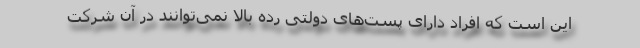
این است که افراد دارای پست‌های دولتی رده بالا نمی‌توانند در آن شرکت